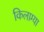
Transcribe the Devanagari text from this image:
किलाग्या